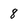
Character: 8